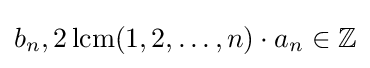
b_{n},2\operatorname {lcm} (1,2,\ldots ,n)\cdot a_{n}\in \mathbb {Z}